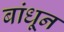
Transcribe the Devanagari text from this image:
बांधू्न